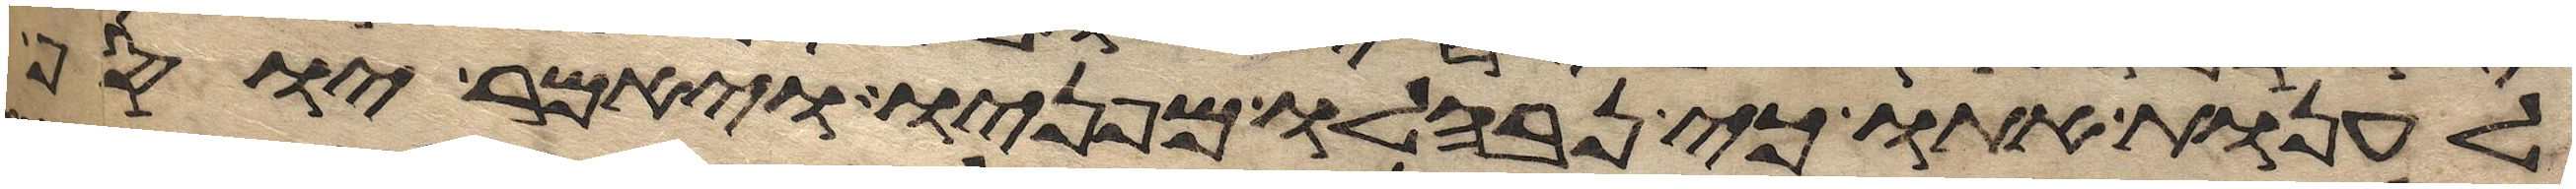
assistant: לענות אתו כי נבהלו מפניו ויאמר יוסף